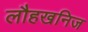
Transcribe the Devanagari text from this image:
लौहखनिज